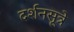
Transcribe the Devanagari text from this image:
दर्शनसूत्रे